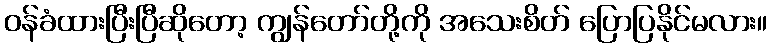
ဝန်ခံထားပြီးပြီဆိုတော့ ကျွန်တော်တို့ကို အသေးစိတ် ပြောပြနိုင်မလား။